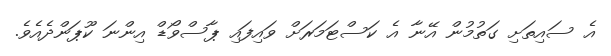
އެ ސައިތަށި ގަތުމުން އޭނާ އެ ކަސްޓަމަރަށް ވައިފައި ޕާސްވޯޑް އިންނަ ކޫޕަންދެއެވެ.